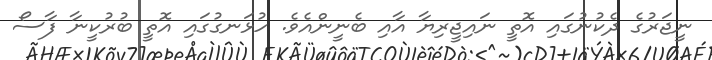
ނީޖަރުގެ ދެކުނުގައި އޮތީ ނައިޖީރިޔާ އާއި ބެނީންއެވެ. ހުޅަނގުގައި އޮތީ ބުރުކީނާ ފާސޯ